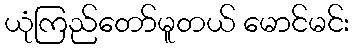
ယုံကြည်တော်မူတယ် မောင်မင်း